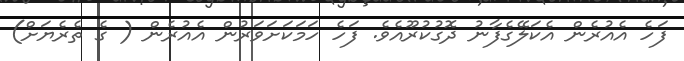
ފަހެ އެއުރެން އެކަލޭގެފާނު ދޮގުކުރޫއެވެ. ފަހެ ހަމަކަށަވަރުން އެއުރެން ( ގެ ތެރެޔަށް)